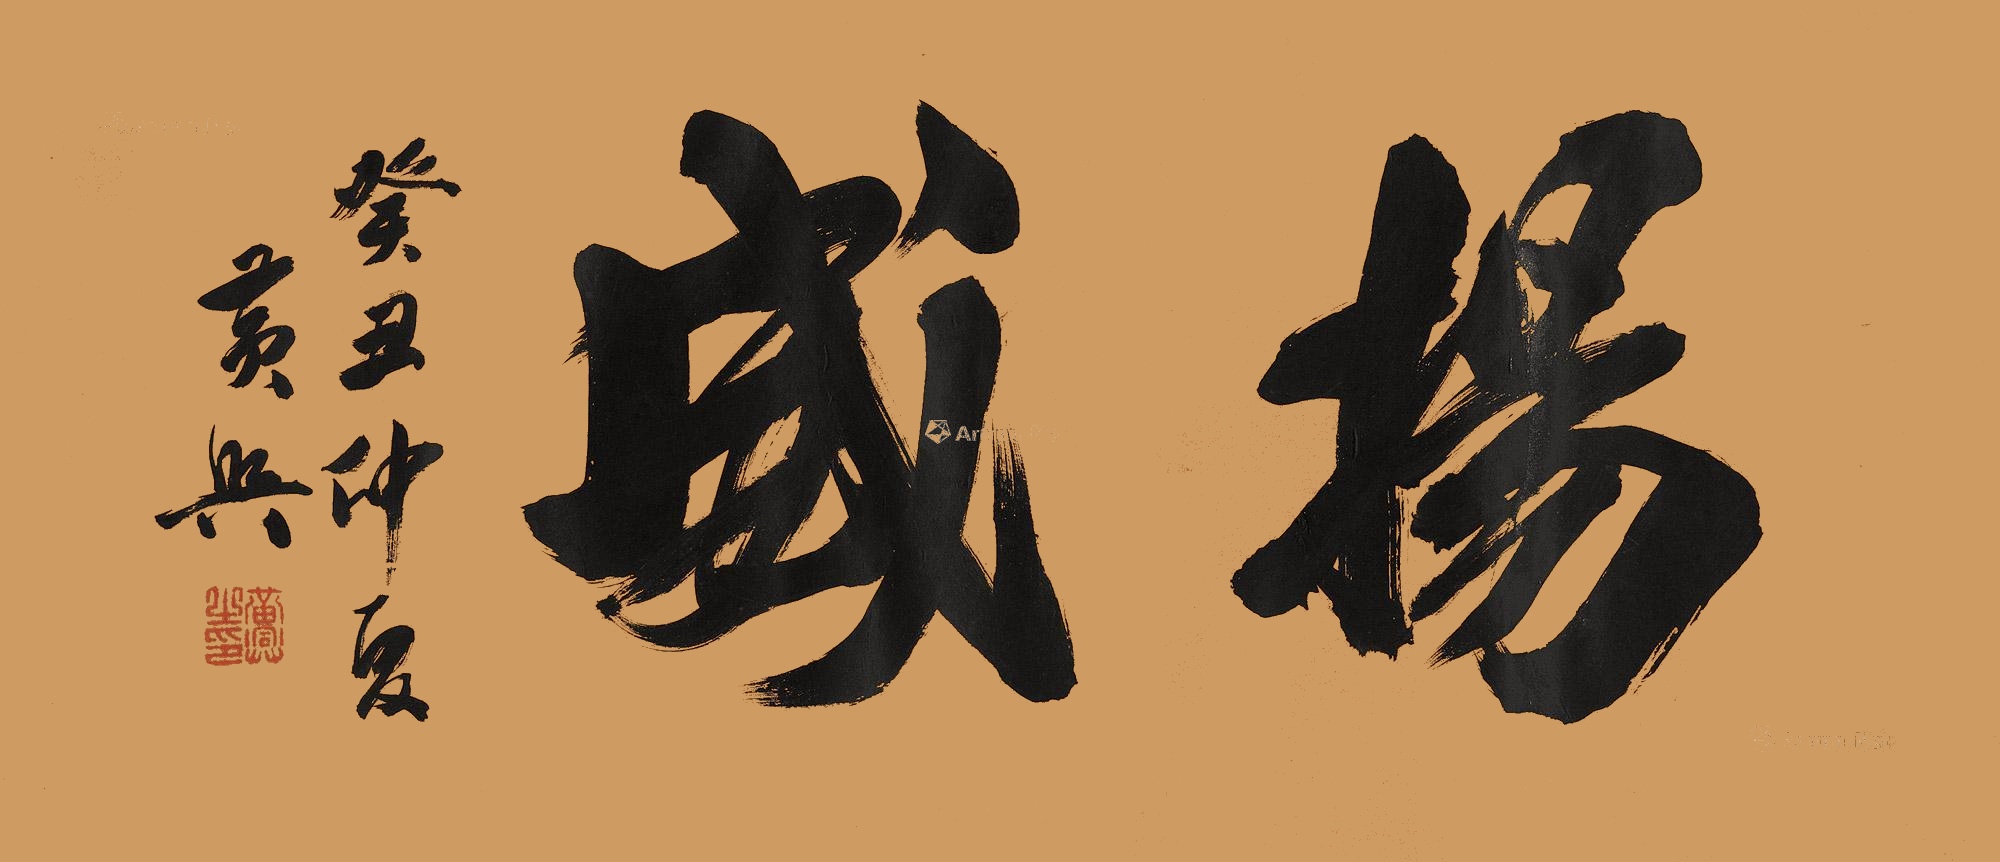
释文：扬威癸丑仲夏，黄兴。